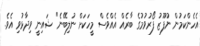
އެހެންކަމުން ނުފޫޒު ފޯރުވުމުގެ ބާރެއް އެއްވެސް މީހަކަށް ނުލިބޭނެ" ޝައިނީ ވިދާޅުވި އެވެ.